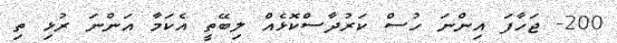
200- ޖަހާފަ އިންނަ ހުސް ކަރުދާސްކޮޅެއް ލިބޭތީ އެކަމާ އަންނަ ރުޅި ތި